Annual administration report of the Civil Veterinary Department of India - 1898-1899
Year: 1898
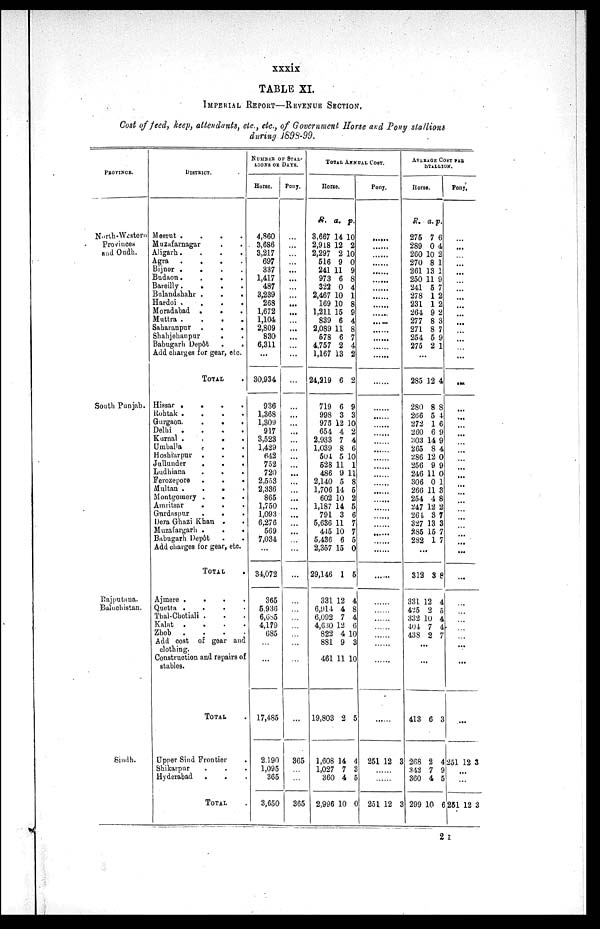
xxxix
TABLE XI.
IMPERIAL REPORT—REVENUE SECTION.
Cost of feed, keep, attendants, etc., etc., of Government Horse and Pony stallions
during 1898-99.
PROVINCE.
North-Western
Provinces
and Oudh.
South Punjab.
Rajputana.
Baluchistan.
Sindh.
DISTRICT.
Meerut .
.
.
.
Muzafarnagar . . .
Aligarh .
.
.
.
Agra
.
.
.
.
Bijnor .
.
.
.
Budaon .
. . .
Bareilly .
.
.
.
Bulandshahr .
.
.
Hardoi .
.
.
.
Moradabad . . .
Muttra .
.
.
.
Saharanpur .
.
.
Shahjehanpur
. .
Babugarh Depôt
.
.
Add charges for gear, etc.
TOTAL .
Hissar .
.
.
.
Rohtak .
.
.
.
Gurgaon .
.
.
.
Delhi . . . .
Kurnal
.
.
. .
Umballa . . .
Hoshiarpur .
.
.
Jullunder
.
.
.
Ludhiana . . .
Ferozepore
.
.
.
Multan
.
.
.
.
Montgomery .
.
.
Amritsar
.
. .
Gurdaspur
.
. .
Dera Ghazi Khan . .
Muzafargarh .
.
.
Babugarh Depôt . .
Add charges tor gear, etc.
TOTAL .
Ajmere .
. . .
Quetta . . . .
Thal-Chotiali . . .
Kalat . . . .
Zhob
. . . .
Add coat of gear and
clothing.
Construction and repairs of
stables.
TOTAL .
Upper Sind Frontier .
Shikarpur . . .
Hyderabad
Total
NUMBER OF STAL-
LIONS OR DAYS.
Horse.
4,860
3,686
3,217
697
337
1,417
487
3,239
268
1,672
1,104
2,809
830
6,311
...
30,934
936
1,368
1,309
917
3,523
1,429
642
752
720
2,553
2,336
865
1,750
1,093
6,276
569
7,034
...
34,072
365
5,936
6,685
4,179
685
...
...
17,485
2,190
1,095
365
3,650
Pony.
...
...
...
...
...
...
...
...
...
...
...
...
...
...
...
...
...
...
...
...
...
...
...
...
...
...
...
...
...
...
...
...
...
...
...
...
...
...
...
...
...
...
...
365
...
...
365
TOTAL ANNUAL COST.
Horse.
R.
3,667
2,918
2,297
516
241
973
322
2,467
169
1,211
839
2,089
578
4,757
1,167
24,219
719
998
975
654
2,933
1,039
504
528
486
2,140
1,706
602
1,187
791
5,636
445
5,436
2,357
29,146
331
6,914
6,092
4,630
822
881
461
19,803
1,608
1,027
360
2,996
a.
14
12
2
9
11
6
0
10
10
15
6
11
6
2
13
6
6
3
12
4
7
8
5
11
9
5
14
10
14
3
11
10
6
15
1
12
4
7
12
4
9
11
2
14
7
4
10
p.
10
2
10
0
9
8
4
1
8
9
4
8
7
4
2
2
9
3
10
2
4
6
10
1
11
8
5
2
5
6
7
7
5
0
5
4
8
4
6
10
3
10
5
4
3
5
0
Pony.
.....
.....
.....
.....
.....
.....
.....
.....
.....
.....
.....
.....
.....
.....
.....
.....
.....
.....
.....
.....
.....
.....
.....
.....
.....
.....
.....
.....
.....
.....
.....
.....
.....
.....
.....
.....
.....
.....
.....
.....
.....
.....
.....
251 12 3
.....
.....
251 12 3
AVERAGE COST PER
STALLION.
Horse.
R.
275
289
260
270
261
250
241
278
231
264
277
271
254
275
a.
7
0
10
8
13
11
5
1
1
9
8
8
5
2
p.
6
4
2
1
1
9
7
2
2
2
3
7
9
1
...
285
280
266
272
260
303
265
286
256
246
306
266
254
247
261
327
285
282
12
8
5
1
6
14
8
12
9
11
0
11
4
12
3
13
15
1
4
8
4
6
9
9
4
0
9
0
1
3
8
2
7
3
7
7
...
312
331
425
332
404
438
3
12
2
10
7
2
8
4
5
4
4
7
...
...
413
268
342
360
299
6
2
7
4
10
3
4
9
5
6
Pony.
...
...
...
...
...
...
...
...
...
...
...
...
...
...
...
...
...
...
...
...
...
...
...
...
...
...
...
...
...
...
...
...
...
...
...
...
...
...
...
...
...
...
...
251 12 3
...
...
251 12 3
2 I